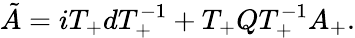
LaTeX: \tilde{A}=iT_{+}dT_{+}^{-1}+T_{+}QT_{+}^{-1}A_{+}.